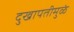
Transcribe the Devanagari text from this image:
दुखापतीमुळं